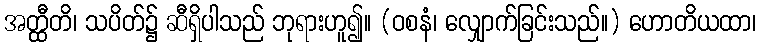
အတ္ထီတိ၊ သပိတ်၌ ဆီရှိပါသည် ဘုရားဟူ၍။ (ဝစနံ၊ လျှောက်ခြင်းသည်။) ဟောတိယထာ၊